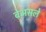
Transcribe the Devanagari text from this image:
बेअसले